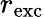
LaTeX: r_{\mathrm{exc}}